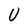
Character: U